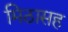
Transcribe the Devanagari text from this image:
मिठासह